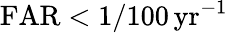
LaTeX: \mathrm{{FAR}<1/100\, \mathrm{{yr}^{-1}}}